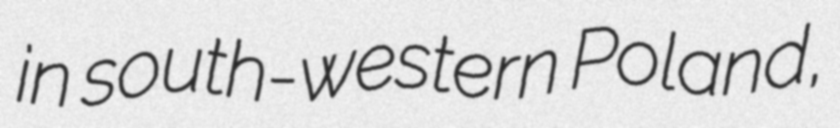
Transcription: in south-western Poland,